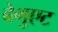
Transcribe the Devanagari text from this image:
बेगुएट